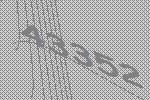
43352